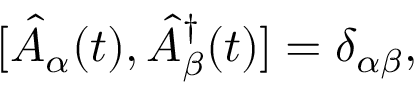
[ \hat { A } _ { \alpha } ( t ) , \hat { A } _ { \beta } ^ { \dagger } ( t ) ] = \delta _ { \alpha \beta } ,